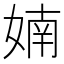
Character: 婻